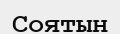
Соятын